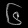
Digit: ၆